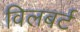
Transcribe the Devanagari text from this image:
विलबर्ट